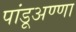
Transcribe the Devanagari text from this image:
पांडूअण्णा